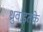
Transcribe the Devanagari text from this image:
ध्रुवाइतके